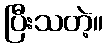
ပြီးသတဲ့။